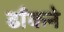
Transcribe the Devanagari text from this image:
ढाँकने